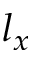
l _ { x }